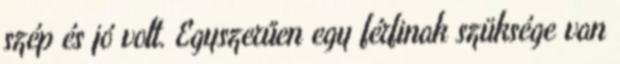
szép és jó volt. Egyszerűen egy férfinak szüksége van